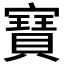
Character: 𭔟